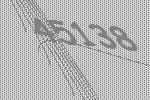
45138